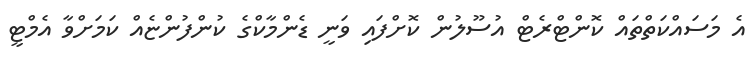
އެ މަސައްކަތްތައް ކޮންޓްރެޓް އުސޫލުން ކޮށްފައި ވަނީ ޑެންމާކްގެ ކުންފުންޏެއް ކަމަށްވާ އެމްޓީ